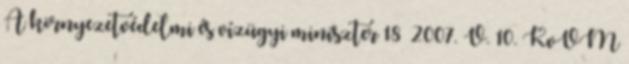
A környezetvédelmi és vízügyi miniszter 18 2007. V. 10. KvVM